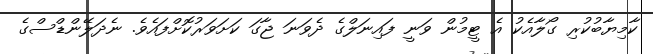
ކާމިޔާބުކުރި ގޯލާއެކު އެ ޓީމުން ވަނީ ފައިނަލްގެ ދެވަނަ ޖާގަ ކަށަވަރުކޮށްފައެވެ. ނެދަލޭންޑްސްގެ